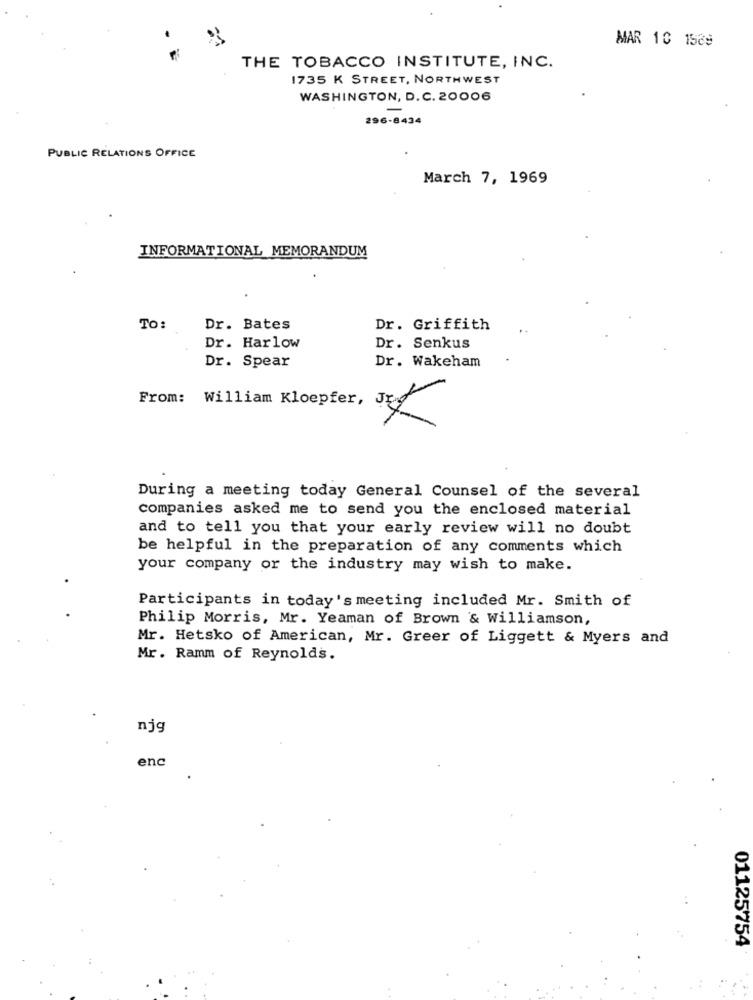
MAR 10 1589
THE TOBACCO INSTITUTE, INC.
1735 K STREET, NORTHWEST
WASHINGTON, D.C. 20006
-
296-8434
PUBLIC RELATIONS OFFICE
March 7, 1969
INFORMATIONAL MEMORANDUM
TO:
Dr. Bates
Dr. Griffith
Dr. Harlow
Dr. Senkus
Dr. Spear
Dr. Wakeham
From: William Kloepfer, JE
During a meeting today General Counsel of the several
companies asked me to send you the enclosed material
and to tell you that your early review will no doubt
be helpful in the preparation of any comments which
your company or the industry may wish to make.
Participants in today's meeting included Mr. Smith of
Philip Morris, Mr. Yeaman of Brown & Williamson,
Mr. Hetsko of American, Mr. Greer of Liggett & Myers and
Mr. Ramm of Reynolds.
njg
enc
01125754